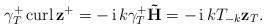
LaTeX: \begin{align*}\gamma_{T}^{+}\operatorname{curl}\mathbf{z}^{+}=-\operatorname*{i}k\gamma_{T}^{+}\mathbf{\tilde{H}}=-\operatorname*{i}kT_{-k}\mathbf{z}_{T}.\end{align*}